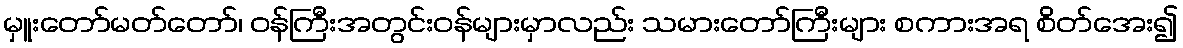
မှူးတော်မတ်တော်၊ ဝန်ကြီးအတွင်းဝန်များမှာလည်း သမားတော်ကြီးများ စကားအရ စိတ်အေး၍